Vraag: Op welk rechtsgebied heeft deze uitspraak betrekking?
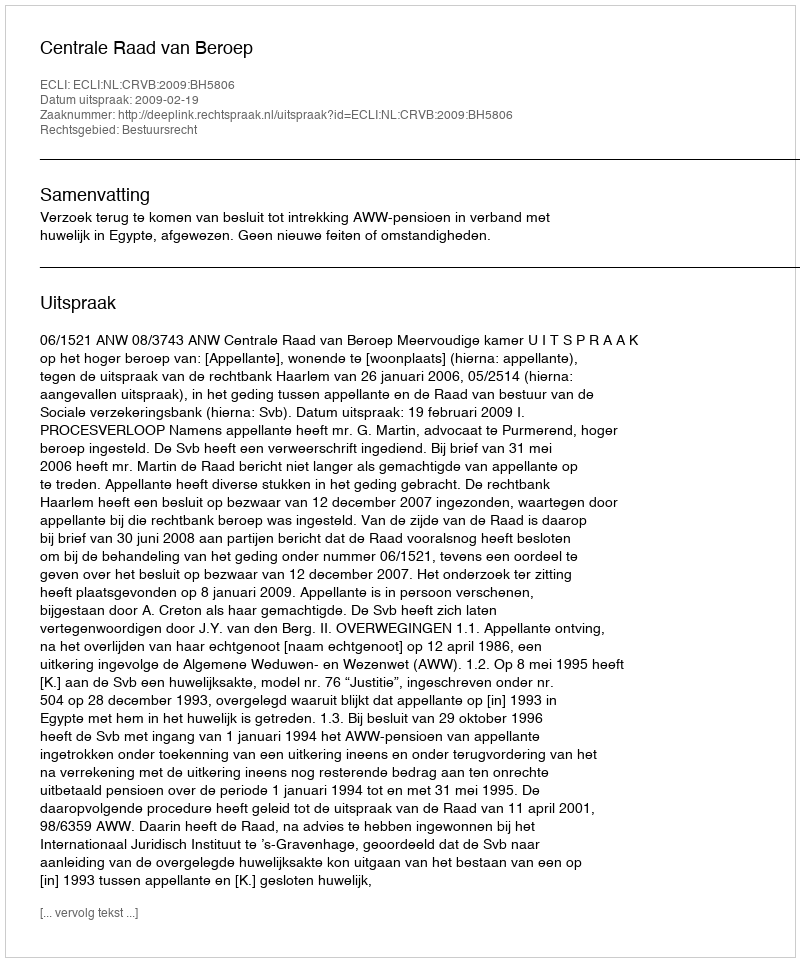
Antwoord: Bestuursrecht